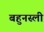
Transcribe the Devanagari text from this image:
बहुनस्ली